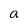
Character: a